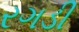
રગડી